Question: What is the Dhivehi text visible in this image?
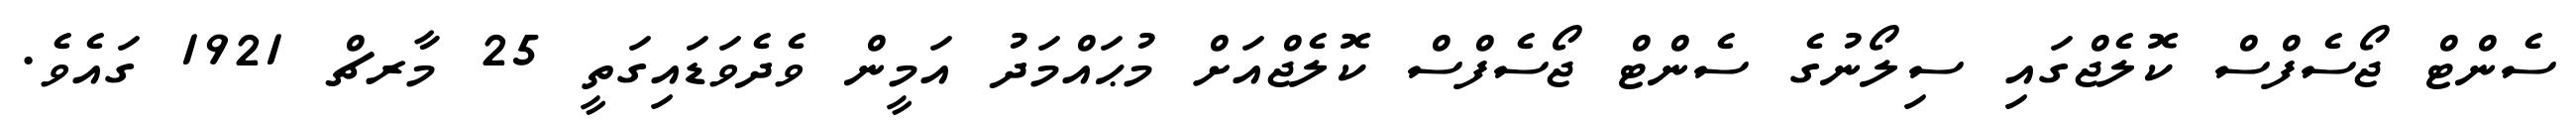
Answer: ސެންޓް ޖޯސެފްސް ކޮލެޖްގައި ސިލޯނުގެ ސެންޓް ޖޯސެފްސް ކޮލެޖްއަށް މުޙައްމަދު އަމީން ވެދެވަޑައިގަތީ 25 މާރޗް 1921 ގައެވެ.